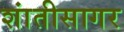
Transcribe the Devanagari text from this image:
शांतीसागर